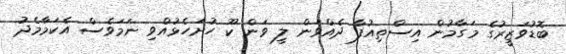
ބޮޑުވަޒީރުގެ މަގާމުން އިސްތިއުފާ ދެއްވަން ލީ ވަން ކޫ ހުށަހެޅުއްވި ނަމަވެސް އެކަމާމެދު